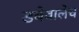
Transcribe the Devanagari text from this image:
डबेवालेच